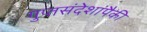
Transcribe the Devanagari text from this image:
गुप्तसंदेशांपैकी